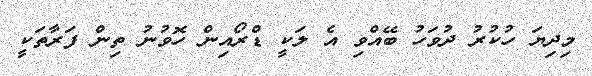
މިދިޔަ ހުކުރު ދުވަހު ބޭއްވި އެ ލަކީ ޑްރޯއިން ހޮވުނު ތިން ފަރާތަކީ